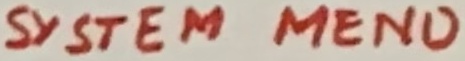
Text: SYSTEM MENO